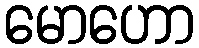
မောဟော